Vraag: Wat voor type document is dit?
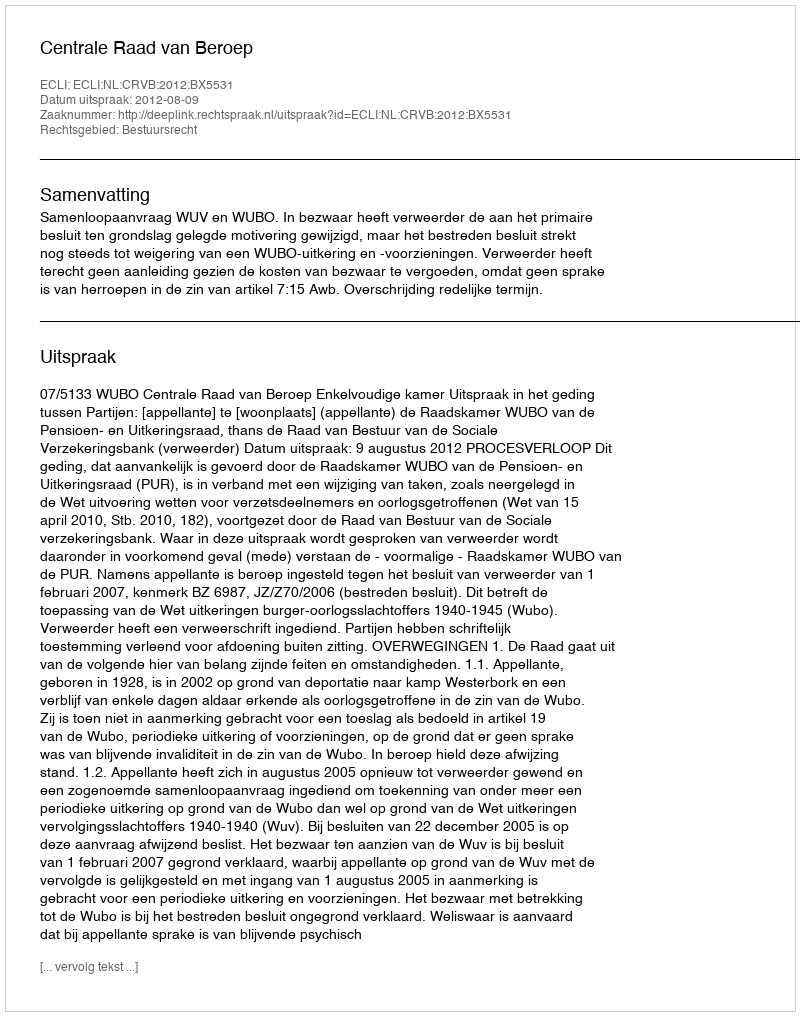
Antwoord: Uitspraak